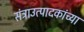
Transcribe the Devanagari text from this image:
संत्राउत्पादकांच्या